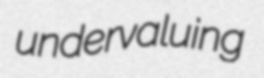
undervaluing